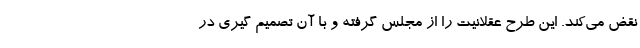
نقض می‌کند. این طرح عقلانیت را از مجلس گرفته و با آن تصمیم گیری در